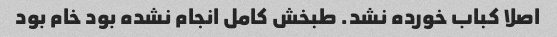
اصلا کباب خورده نشد. طبخش کامل انجام نشده بود خام بود